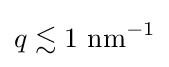
q\lesssim 1{\text{ nm}}^{-1}